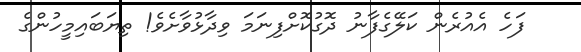
ފަހެ އެއުރެން ކަލޭގެފާނު ދޮގުކޮށްފިނަމަ ވިދާޅުވާށެވެ! ތިޔަބައިމީހުންގެ